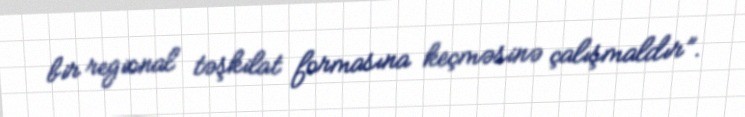
bir regional təşkilat formasına keçməsinə çalışmaldır”.